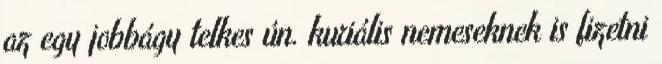
az egy jobbágy telkes ún. kuriális nemeseknek is fizetni